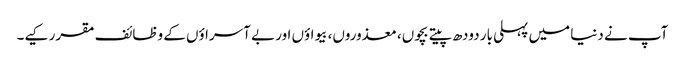
آپ نے دنیا میں پہلی بار دودھ پیتے بچوں، معذوروں، بیواؤں اور بے آسراؤں کے وظائف مقرر کیے۔